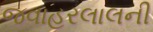
જવાહરલાલની